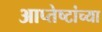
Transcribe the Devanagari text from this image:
आप्‍तेष्टांच्या